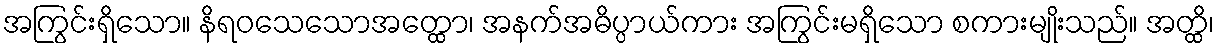
အကြွင်းရှိသော။ နိရဝသေသောအတ္ထော၊ အနက်အဓိပ္ပာယ်ကား အကြွင်းမရှိသော စကားမျိုးသည်။ အတ္ထိ၊